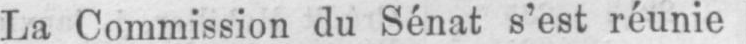
La Commission du Sénat s’est réunie